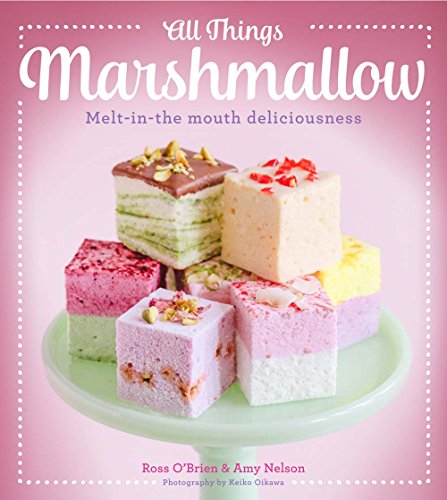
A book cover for All Things Marshmallow: Melt-in-the-mouth deliciousness; Ross O'Brien; Cookbooks, Food & Wine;